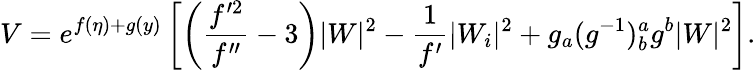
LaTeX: V=e^{f(\eta)+g(y)}\left[\left(\frac{f^{\prime 2}}{f^{\prime\prime}}-3\right)|W|^{2}-\frac{1}{f^{\prime}}|W_{i}|^{2}+g_{a}(g^{-1})_{b}^{a}g^{b}|W|^{2}\right].